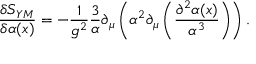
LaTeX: \frac { \delta S _ { Y M } } { \delta \alpha ( x ) } = - \frac { 1 } { g ^ { 2 } } \frac { 3 } { \alpha } \partial _ { \mu } \left( \alpha ^ { 2 } \partial _ { \mu } \left( \frac { \partial ^ { 2 } \alpha ( x ) } { \alpha ^ { 3 } } \right) \right) .